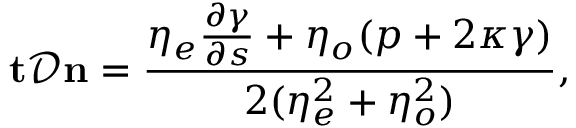
\mathbf { t } \mathcal { D } \mathbf { n } = \frac { \eta _ { e } \frac { \partial \gamma } { \partial s } + \eta _ { o } ( p + 2 \kappa \gamma ) } { 2 ( \eta _ { e } ^ { 2 } + \eta _ { o } ^ { 2 } ) } ,